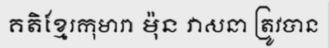
គតិខ្មែរកុមារា ម៉ុន វាសនា ត្រូវបាន